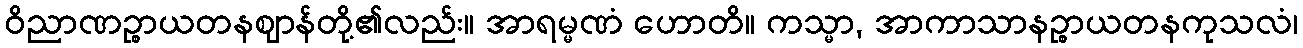
ဝိညာဏဉ္စာယတနဈာန်တို့၏လည်း။ အာရမ္မဏံ ဟောတိ။ ကသ္မာ, အာကာသာနဉ္စာယတနကုသလံ၊